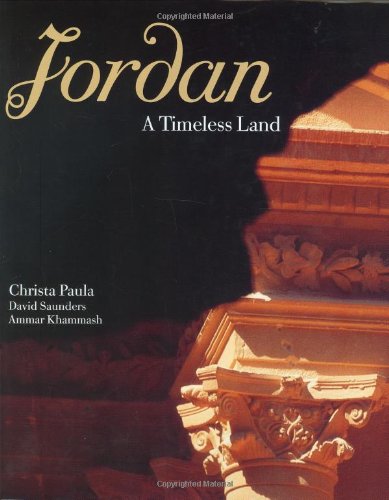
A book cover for Jordan: A Timeless Land; History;